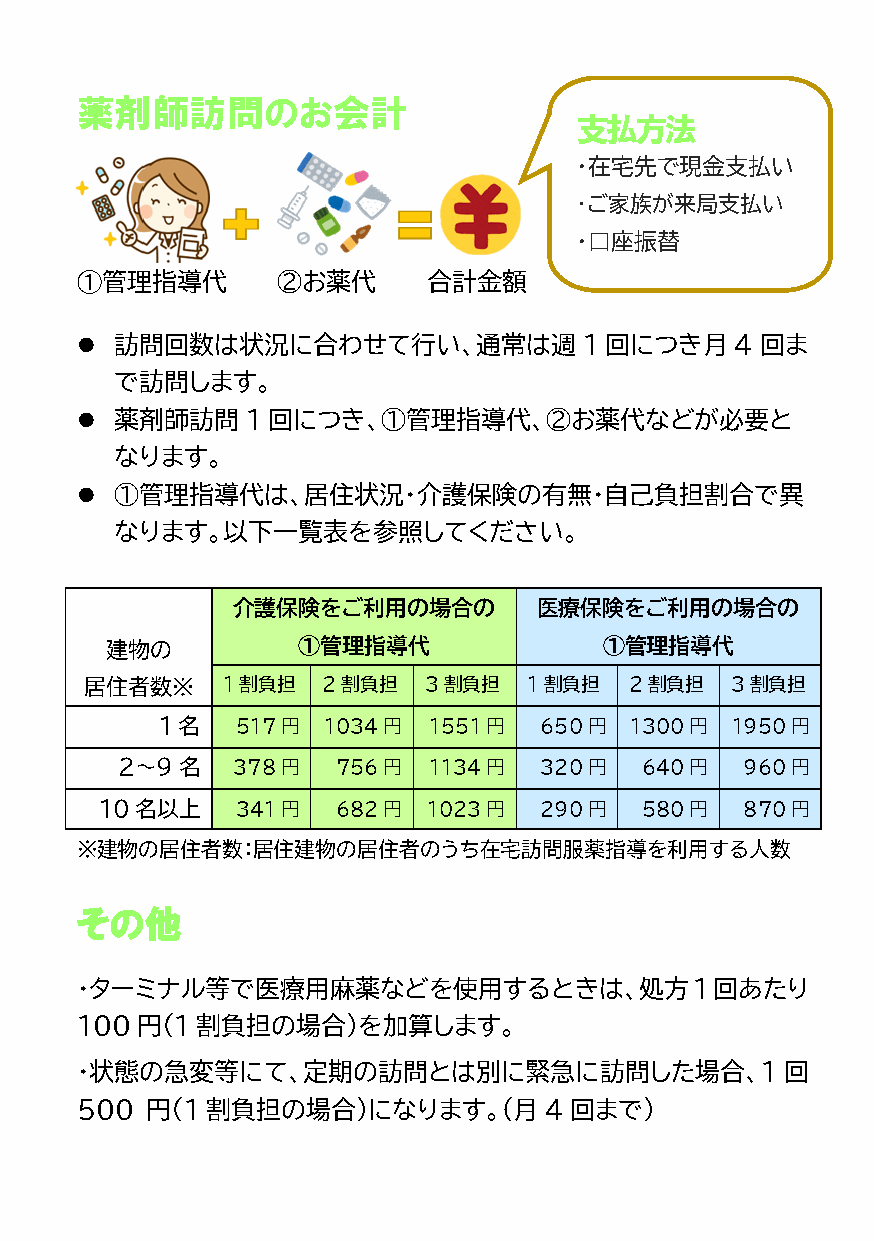
薬剤師訪問のお会計
 支払方法
 ・在宅先で現金支払い
 ・ご家族が来局支払い
 ・口座振替
 ➀管理指導代       ②お薬代      合計金額
   訪問回数は状況に合わせて行い、通常は週            1回につき月    4回ま
 で訪問します。
   薬剤師訪問   1回につき、①管理指導代、②お薬代などが必要と
 なります。
   ①管理指導代は、居住状況・介護保険の有無・自己負担割合で異
 なります。以下一覧表を参照してください。
 介護保険をご利用の場合の         医療保険をご利用の場合の
 建物の          ①管理指導代              ①管理指導代
 居住者数※    1割負担  2割負担   3割負担   1割負担   2割負担  3割負担
 1名   517円 1034円  1551円   650円  1300円 1950円
 2～9名   378円   756円  1134円   320円  640円   960円
 10名以上    341円  682円  1023円   290円  580円   870円
 ※建物の居住者数：居住建物の居住者のうち在宅訪問服薬指導を利用する人数
 その他
 ・ターミナル等で医療用麻薬などを使用するときは、処方1回あたり
 100円(1割負担の場合)を加算します。
 ・状態の急変等にて、定期の訪問とは別に緊急に訪問した場合、1                 回
 500  円(1割負担の場合)になります。（月        4 回まで）